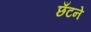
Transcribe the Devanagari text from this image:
छँटने